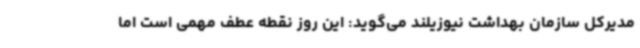
مدیرکل سازمان بهداشت نیوزیلند می‌گوید: این روز نقطه عطف مهمی است اما